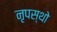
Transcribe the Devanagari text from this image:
नृपस्थो